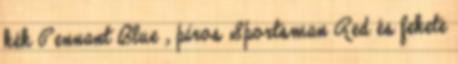
kék Pennant Blue , piros Sportsman Red és fekete